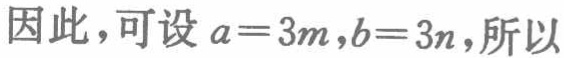
因此，可设 \(a = 3m,b = 3n\)，所以